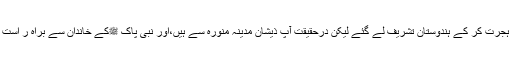
آپ کے آباﺅ اجداد ہجرت کر کے ہندوستان تشریف لے گئے لیکن درحقیقت آپ ذیشان مدینہ منورہ سے ہیں،اور نبی پاک ﷺکے خاندان سے براہ ر است تعلق رکھتے ہیں۔